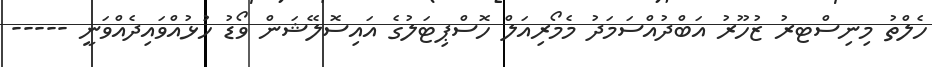
ހެލްތު މިނިސްޓރު ޒުހޫރު އަބްދުއްސަމަދު މެމޯރިއަލް ހޮސްޕިޓަލުގެ އައިސޮލޭޝަން ވޯޑު ހުޅުއްވައިދެއްވަނީ -----